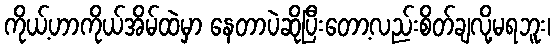
ကိုယ့်ဟာကိုယ်အိမ်ထဲမှာ နေတာပဲဆိုပြီးတော့လည်းစိတ်ချလို့မရဘူး၊